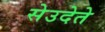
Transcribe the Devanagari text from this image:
सेउदेते